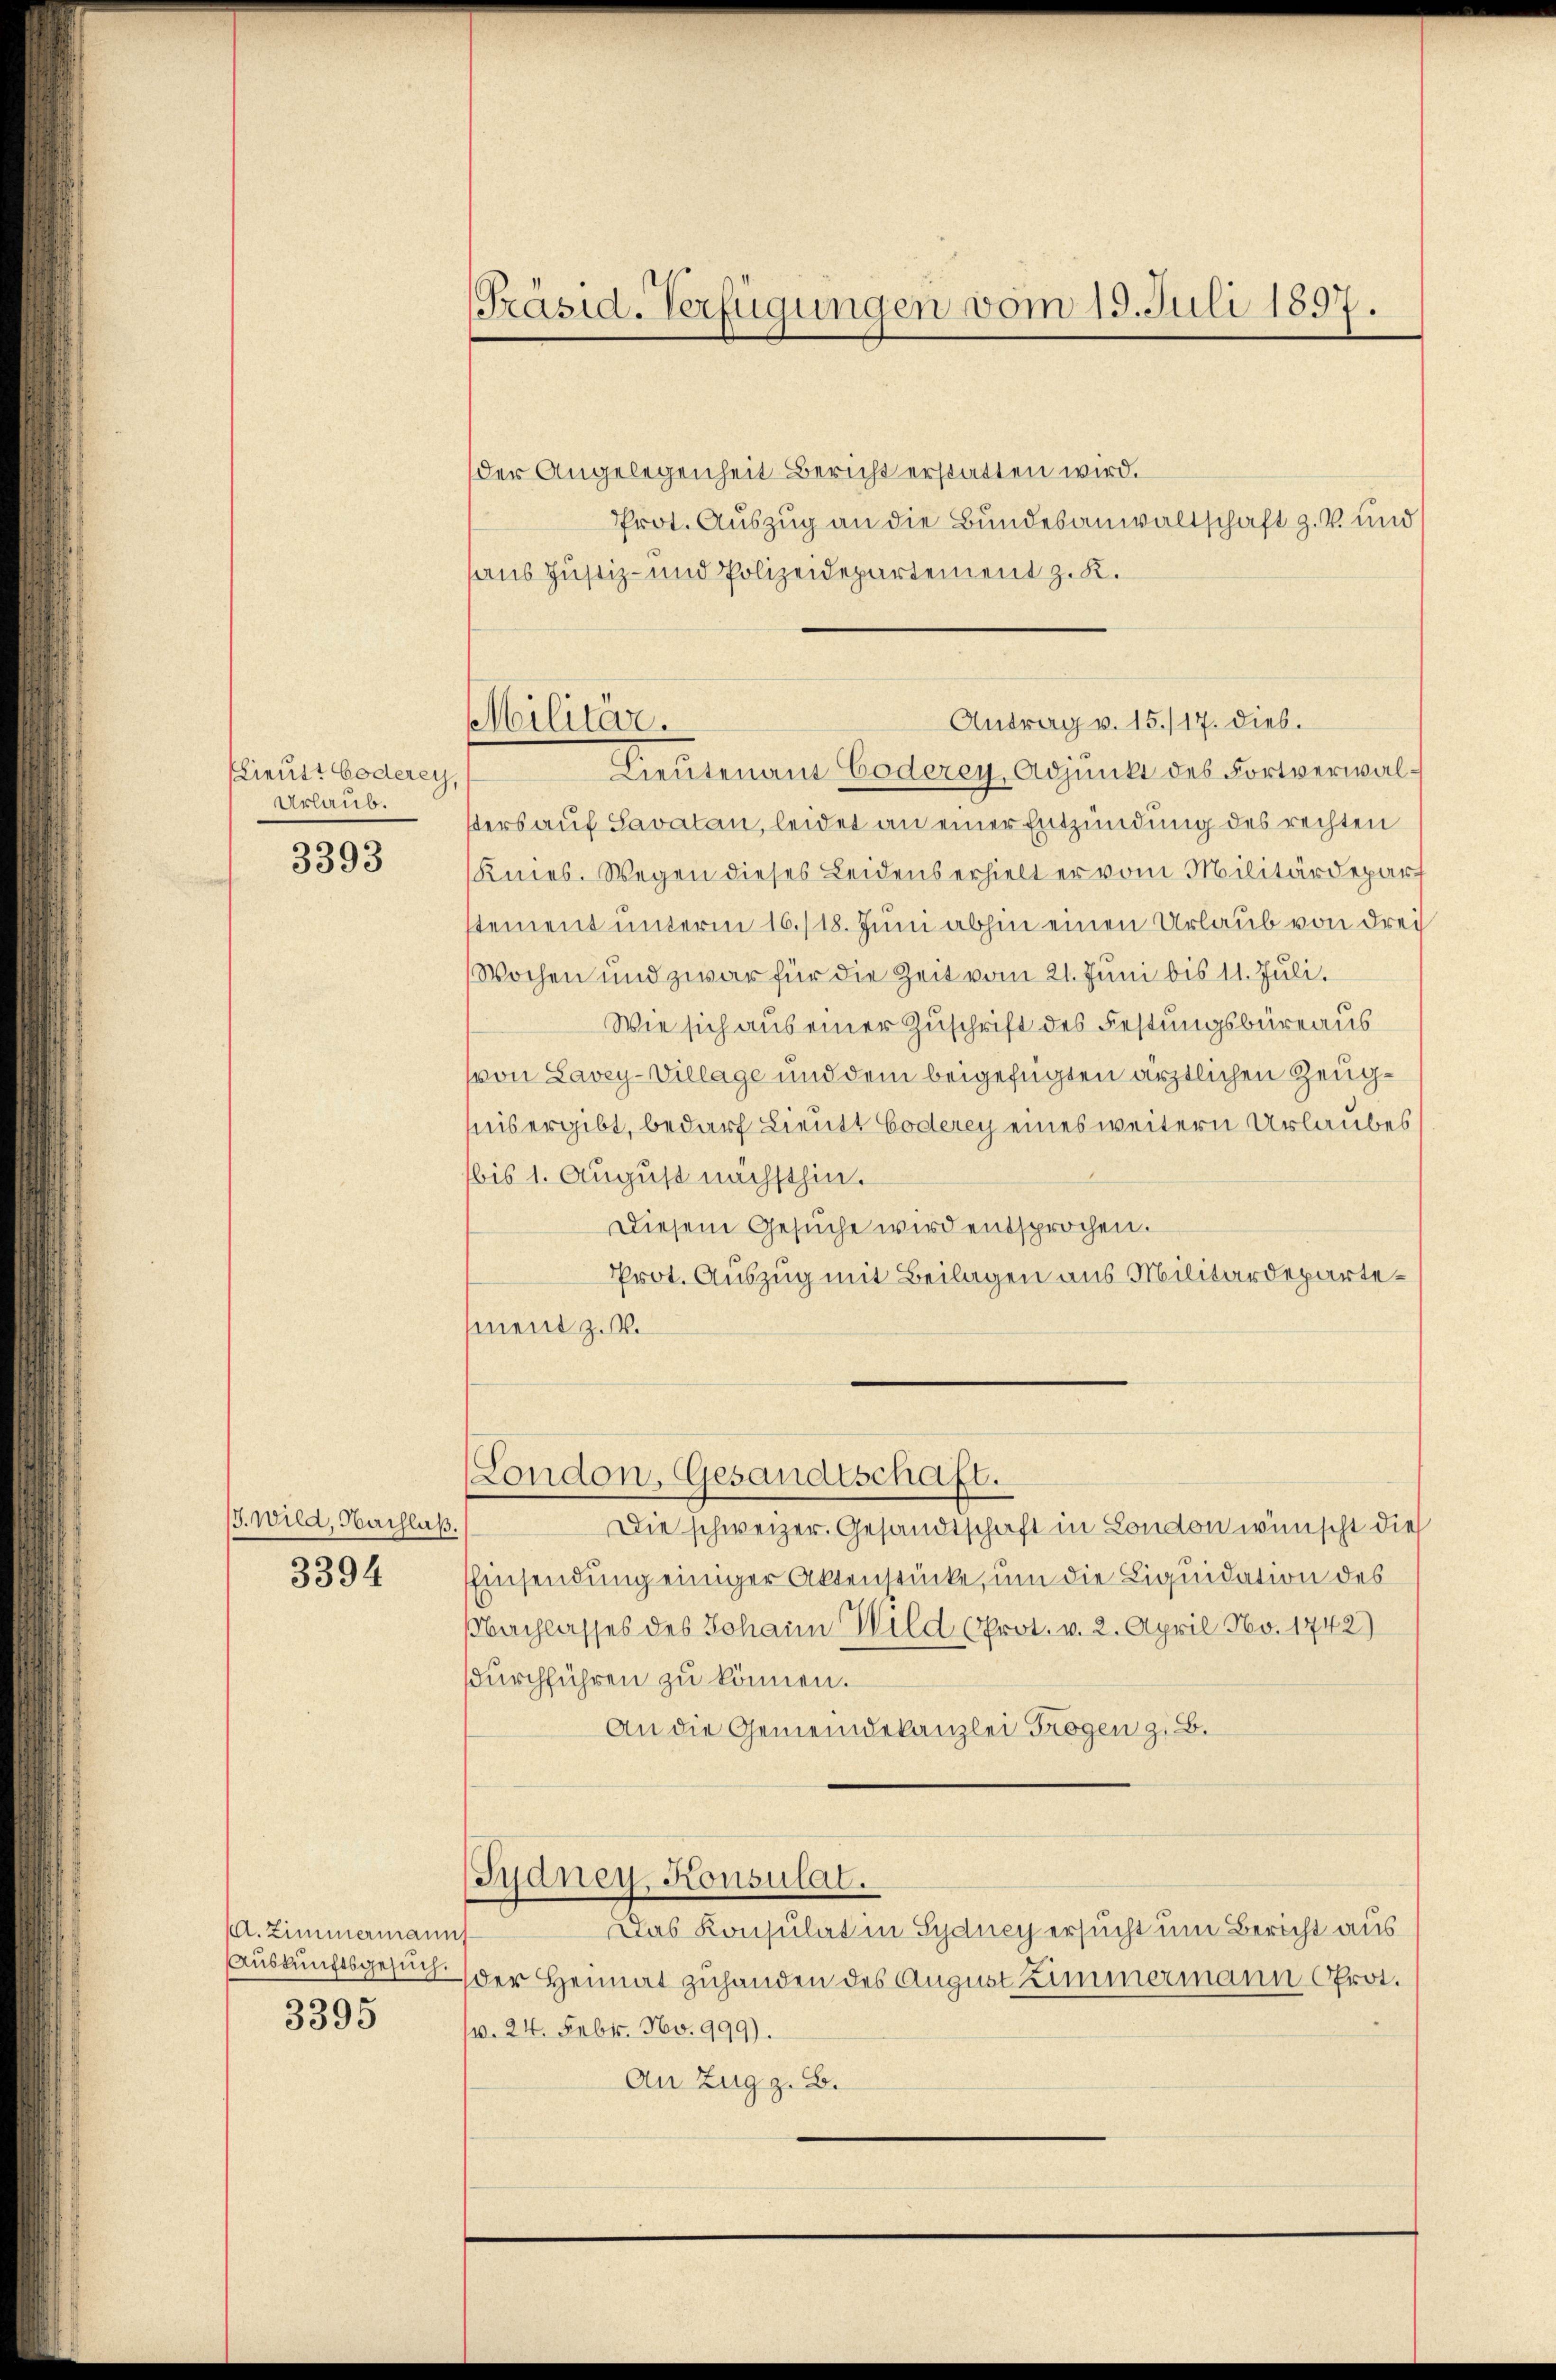
lieutt oderey,
Urlaub.
3393

/3. Wild, Nachlaß.
3394

M. Zimmermanns
3395

Lieutenaus Coderey, Adjunkt des Fortverwalsters auf Savatan, leidet an einer Entzündung des rechten
Knies. Wegen dieses Leidens erhielt er vom Militärdepart
stement unterm 16./18. Juni abhin einen Urlaub von drei
Wochen und zwar für die Zeit vom 21. Juni bis 11. Juli.
Wie sich aus einer Zuschrift des Festungsbüreaus
von Lavey-Vielage und dem beigefügten ärztlichen Zeughis ergibt, bedarf Lieutt Coderey eines weitern Urlaubes
bis 1. August nächsthin.
Diesem Gesŭche wird entsprochen.
Prot. Auszug mit Beilagen aus Militärdepartement z. B.

[Präsid. Verfügungen vom 19. Juli 1897.

der Angelegenheit Bericht erstatten wird.
Prot. Auszug an die Bundesanwaltschaft z. B. und
haus Justiz- und Polizeidepartement z. K.

Militär.

Die schweizer. Gesandtschaft in London wünscht die
EEinsendung einiger Aktenstücke, um die Liquidation des
Nachlasses des Johann Wild (Prot. v. 2. April No. 1742)
durchführen zu können.
An die Gemeindekanzlei Trogen z. B.

(London, Gesandtschaft.

Antrag v. 15./17. dies.

Sydney, Konsulat.
Das Konsulat in Sydney ersucht um Bericht aus

Auskunftsgesuch der Heimat zuhanden des August Zimmermann Ofrot.
v. 24. Febr. No. 999).
An Zug z. B.